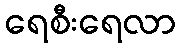
ရေစီးရေလာ